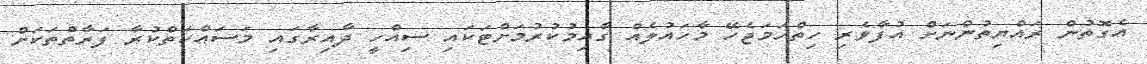
އެގޮތުން ރައްޔިތުންނަށް އުފާވެރި ހިތްހަމަޖެހޭ މާހައުލެއް ގާއިމުކުރުމަށްޓަކައި ސިއްހީ ދާއިރާގައި މަސައްކަތްކުރާ ފަރާތްތަކަށް